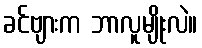
ခင်ဗျားက ဘာလူမျိုးလဲ။